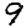
Digit: 9